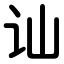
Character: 讪